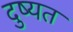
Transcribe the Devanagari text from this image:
दुष्यत